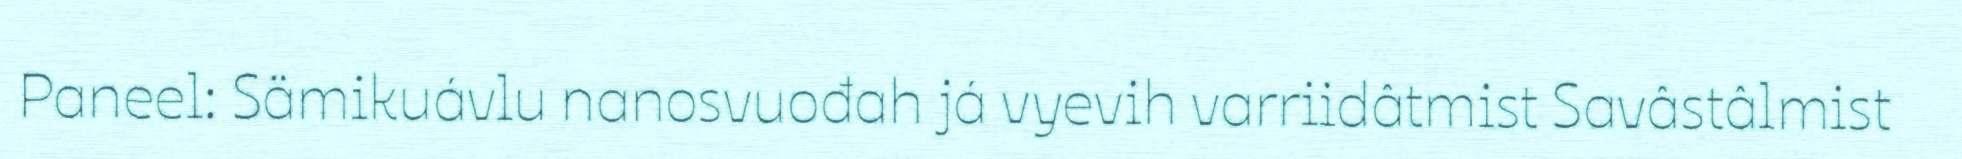
Paneel: Sämikuávlu nanosvuođah já vyevih varriidâtmist Savâstâlmist